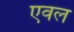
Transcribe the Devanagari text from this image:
एवल